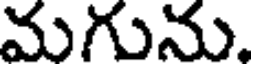
మగును.